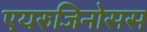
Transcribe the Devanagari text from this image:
एयरुजिनोसस